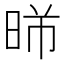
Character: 𣈰